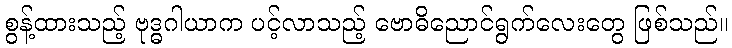
စွန့်ထားသည့် ဗုဒ္ဓဂါယာက ပင့်လာသည့် ဗောဓိညောင်ရွက်လေးတွေ ဖြစ်သည်။